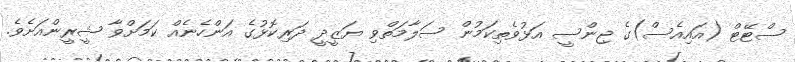
ސްޓޭޓް (އައިއެސް)ގެ ޖިންސީ އަޅުވެތިކަމުން ސަލާމަތްވި ޔަޒީދީ ދަރިކޮޅުގެ އަންހެނެއް ކަމަށްވާ ޝީރީންއަށެވެ.